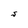
Character: S